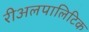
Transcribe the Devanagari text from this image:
रीअलपालिटिक